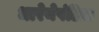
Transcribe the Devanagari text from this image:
धारेनेपंडिता